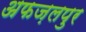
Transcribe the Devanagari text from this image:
अफज़लपुर